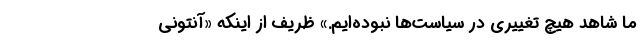
ما شاهد هیچ تغییری در سیاست‌ها نبوده‌ایم.» ظریف از اینکه «آنتونی